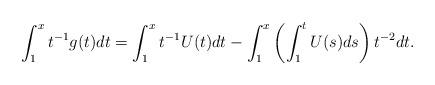
LaTeX: \begin{align*}\int_{1}^{x}t^{-1}g(t)dt=\int_{1}^{x}t^{-1}U(t)dt-\int_{1}^{x}\left(\int_{1}^{t}U(s)ds\right) t^{-2}dt. \end{align*}